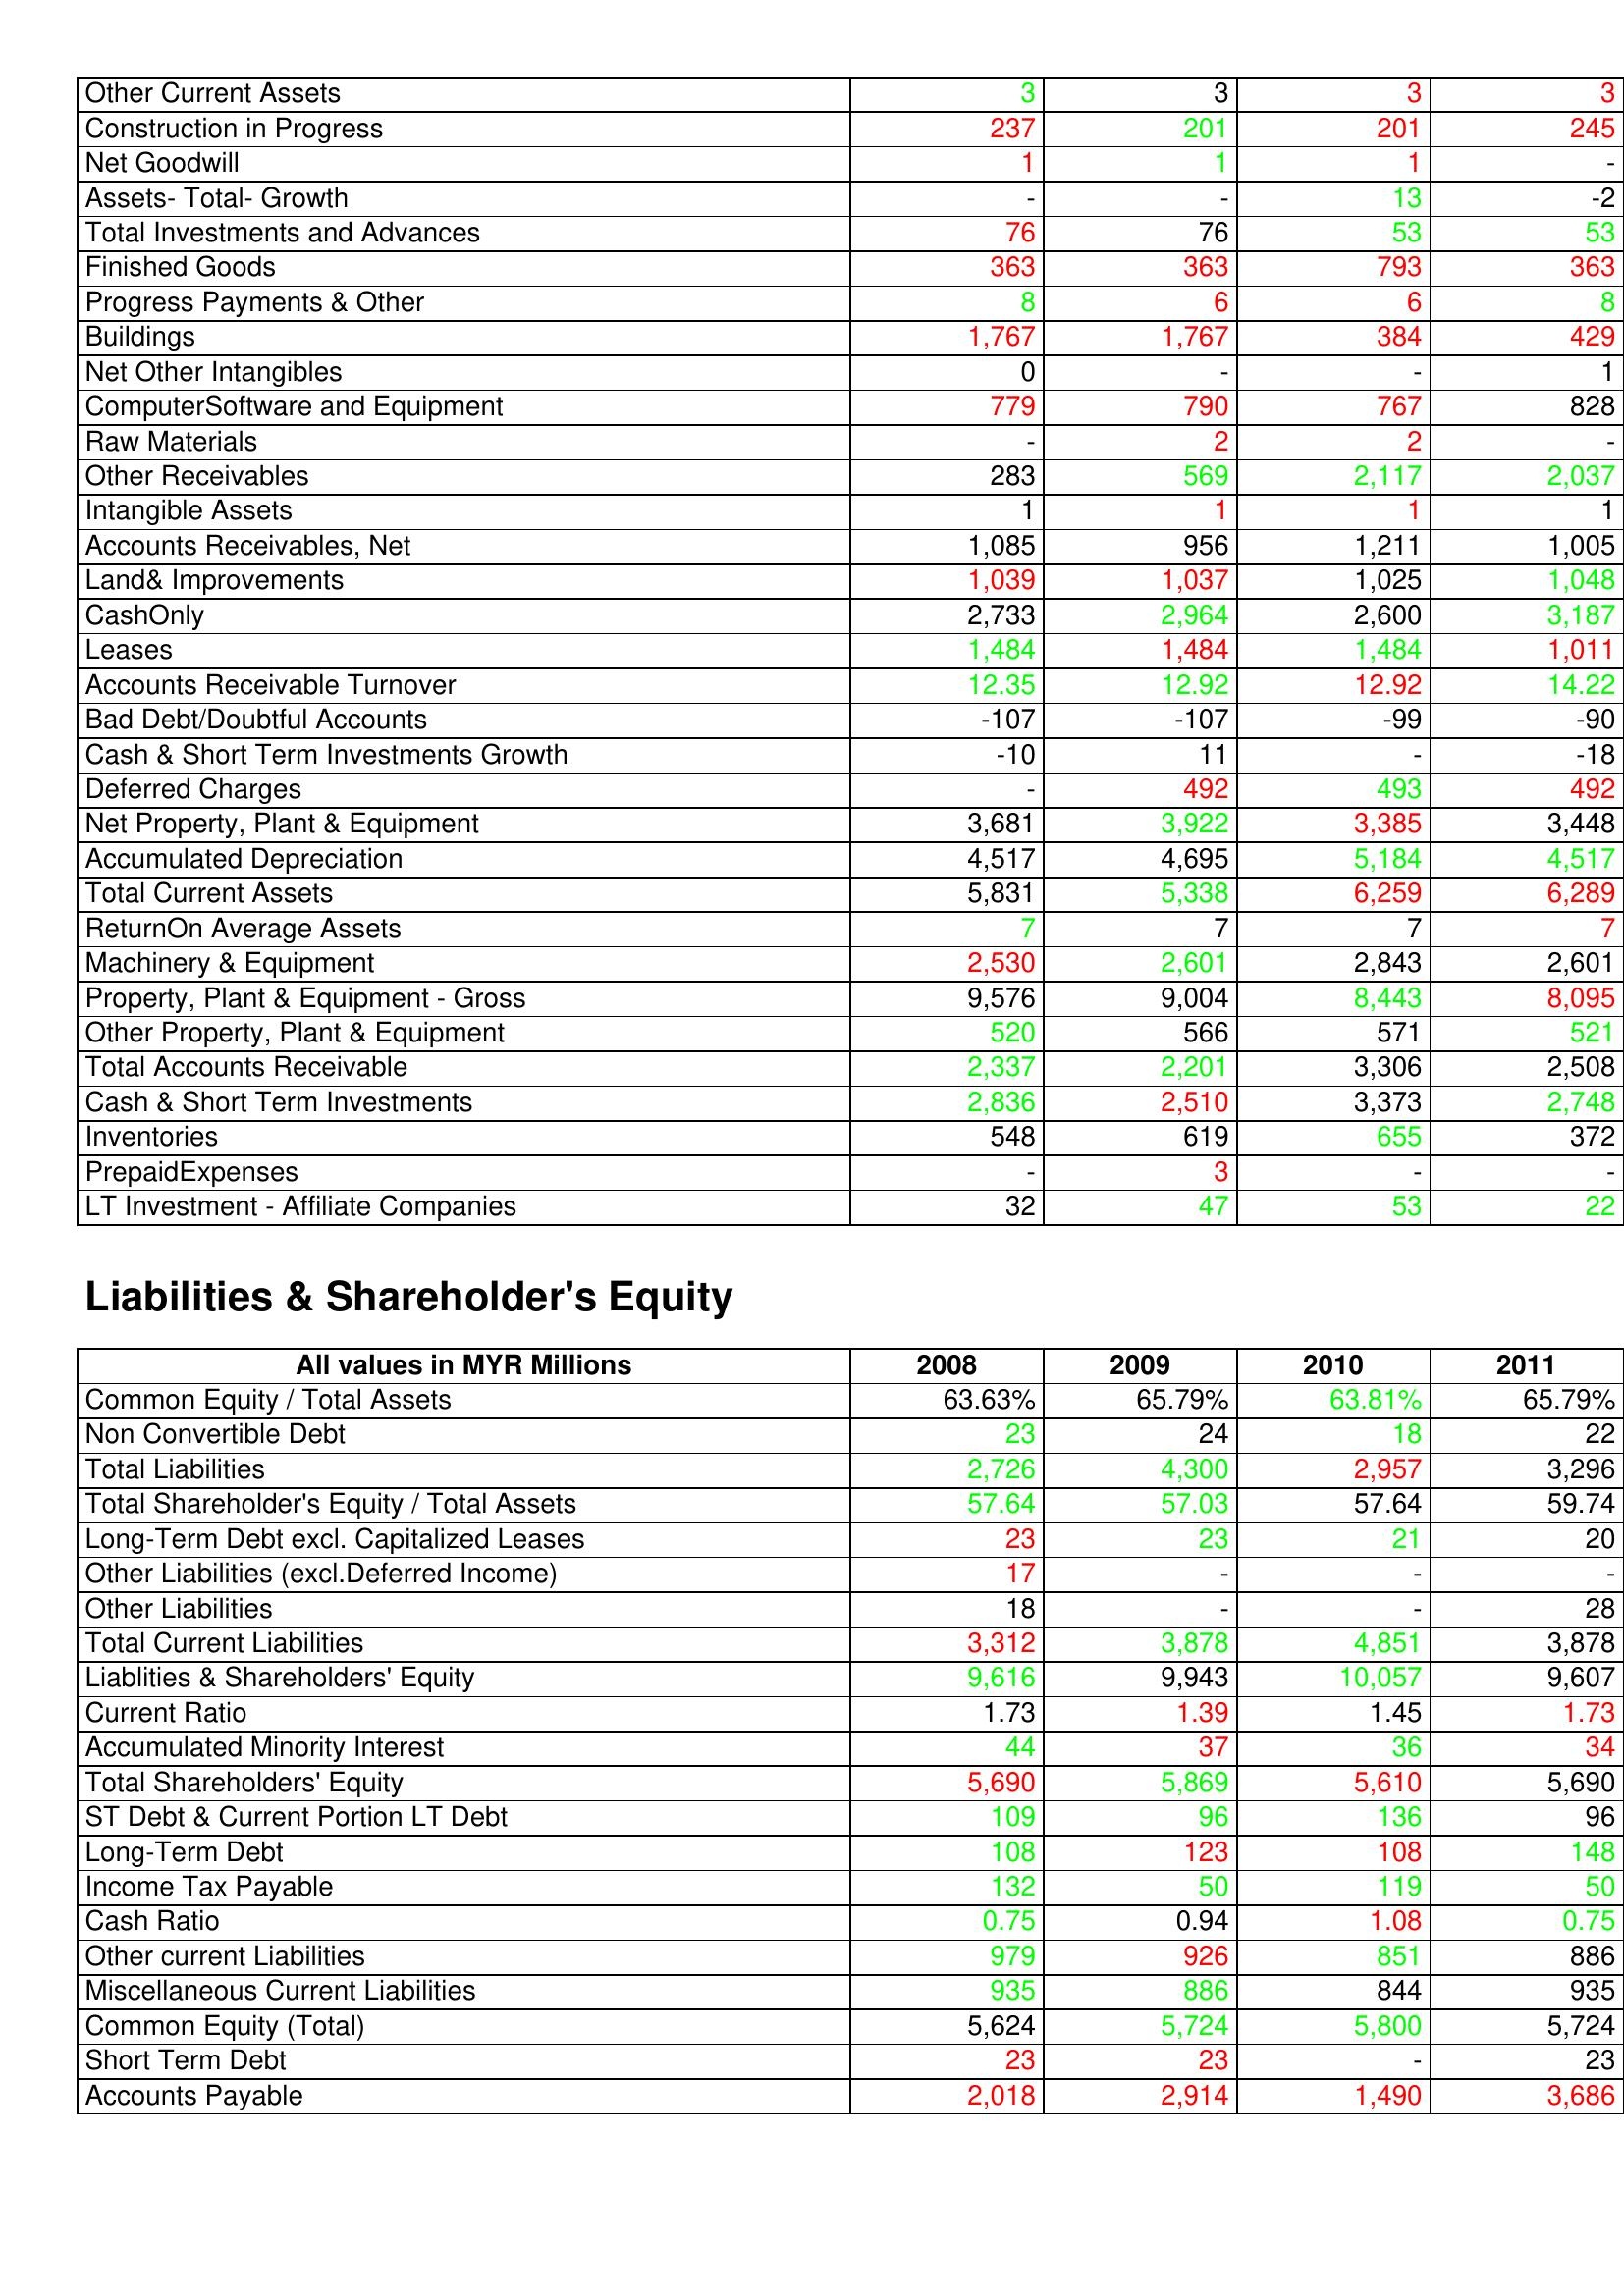
gt_parse: 2008: Assets: Other Current Assets: 3
Construction in Progress: 237
Net Goodwill: 1
Assets- Total- Growth: -
Total Investments and Advances: 76
Finished Goods: 363
Progress Payments & Other: 8
Buildings: 1,767
Net Other Intangibles: 0
ComputerSoftware and Equipment: 779
Raw Materials: -
Other Receivables: 283
Intangible Assets: 1
Accounts Receivables, Net: 1,085
Land& Improvements: 1,039
CashOnly: 2,733
Leases: 1,484
Accounts Receivable Turnover: 12.35
Bad Debt/Doubtful Accounts: -107
Cash & Short Term Investments Growth: -10
Deferred Charges: -
Net Property, Plant & Equipment: 3,681
Accumulated Depreciation: 4,517
Total Current Assets: 5,831
ReturnOn Average Assets: 7
Machinery & Equipment: 2,530
Property, Plant & Equipment - Gross : 9,576
Other Property, Plant & Equipment: 520
Total Accounts Receivable: 2,337
Cash & Short Term Investments: 2,836
Inventories: 548
PrepaidExpenses: -
LT Investment - Affiliate Companies: 32
Liabilities & Shareholder's Equity: Common Equity / Total Assets: 63.63%
Non Convertible Debt: 23
Total Liabilities: 2,726
Total Shareholder's Equity / Total Assets: 57.64
Long-Term Debt excl. Capitalized Leases: 23
Other Liabilities (excl.Deferred Income): 17
Other Liabilities: 18
Total Current Liabilities: 3,312
Liablities & Shareholders' Equity: 9,616
Current Ratio: 1.73
Accumulated Minority Interest: 44
Total Shareholders' Equity: 5,690
ST Debt & Current Portion LT Debt: 109
Long-Term Debt: 108
Income Tax Payable: 132
Cash Ratio: 0.75
Other current Liabilities: 979
Miscellaneous Current Liabilities: 935
Common Equity (Total): 5,624
Short Term Debt: 23
Accounts Payable: 2,018
2009: Assets: Other Current Assets: 3
Construction in Progress: 201
Net Goodwill: 1
Assets- Total- Growth: -
Total Investments and Advances: 76
Finished Goods: 363
Progress Payments & Other: 6
Buildings: 1,767
Net Other Intangibles: -
ComputerSoftware and Equipment: 790
Raw Materials: 2
Other Receivables: 569
Intangible Assets: 1
Accounts Receivables, Net: 956
Land& Improvements: 1,037
CashOnly: 2,964
Leases: 1,484
Accounts Receivable Turnover: 12.92
Bad Debt/Doubtful Accounts: -107
Cash & Short Term Investments Growth: 11
Deferred Charges: 492
Net Property, Plant & Equipment: 3,922
Accumulated Depreciation: 4,695
Total Current Assets: 5,338
ReturnOn Average Assets: 7
Machinery & Equipment: 2,601
Property, Plant & Equipment - Gross : 9,004
Other Property, Plant & Equipment: 566
Total Accounts Receivable: 2,201
Cash & Short Term Investments: 2,510
Inventories: 619
PrepaidExpenses: 3
LT Investment - Affiliate Companies: 47
Liabilities & Shareholder's Equity: Common Equity / Total Assets: 65.79%
Non Convertible Debt: 24
Total Liabilities: 4,300
Total Shareholder's Equity / Total Assets: 57.03
Long-Term Debt excl. Capitalized Leases: 23
Other Liabilities (excl.Deferred Income): -
Other Liabilities: -
Total Current Liabilities: 3,878
Liablities & Shareholders' Equity: 9,943
Current Ratio: 1.39
Accumulated Minority Interest: 37
Total Shareholders' Equity: 5,869
ST Debt & Current Portion LT Debt: 96
Long-Term Debt: 123
Income Tax Payable: 50
Cash Ratio: 0.94
Other current Liabilities: 926
Miscellaneous Current Liabilities: 886
Common Equity (Total): 5,724
Short Term Debt: 23
Accounts Payable: 2,914
2010: Assets: Other Current Assets: 3
Construction in Progress: 201
Net Goodwill: 1
Assets- Total- Growth: 13
Total Investments and Advances: 53
Finished Goods: 793
Progress Payments & Other: 6
Buildings: 384
Net Other Intangibles: -
ComputerSoftware and Equipment: 767
Raw Materials: 2
Other Receivables: 2,117
Intangible Assets: 1
Accounts Receivables, Net: 1,211
Land& Improvements: 1,025
CashOnly: 2,600
Leases: 1,484
Accounts Receivable Turnover: 12.92
Bad Debt/Doubtful Accounts: -99
Cash & Short Term Investments Growth: -
Deferred Charges: 493
Net Property, Plant & Equipment: 3,385
Accumulated Depreciation: 5,184
Total Current Assets: 6,259
ReturnOn Average Assets: 7
Machinery & Equipment: 2,843
Property, Plant & Equipment - Gross : 8,443
Other Property, Plant & Equipment: 571
Total Accounts Receivable: 3,306
Cash & Short Term Investments: 3,373
Inventories: 655
PrepaidExpenses: -
LT Investment - Affiliate Companies: 53
Liabilities & Shareholder's Equity: Common Equity / Total Assets: 63.81%
Non Convertible Debt: 18
Total Liabilities: 2,957
Total Shareholder's Equity / Total Assets: 57.64
Long-Term Debt excl. Capitalized Leases: 21
Other Liabilities (excl.Deferred Income): -
Other Liabilities: -
Total Current Liabilities: 4,851
Liablities & Shareholders' Equity: 10,057
Current Ratio: 1.45
Accumulated Minority Interest: 36
Total Shareholders' Equity: 5,610
ST Debt & Current Portion LT Debt: 136
Long-Term Debt: 108
Income Tax Payable: 119
Cash Ratio: 1.08
Other current Liabilities: 851
Miscellaneous Current Liabilities: 844
Common Equity (Total): 5,800
Short Term Debt: -
Accounts Payable: 1,490
2011: Assets: Other Current Assets: 3
Construction in Progress: 245
Net Goodwill: -
Assets- Total- Growth: -2
Total Investments and Advances: 53
Finished Goods: 363
Progress Payments & Other: 8
Buildings: 429
Net Other Intangibles: 1
ComputerSoftware and Equipment: 828
Raw Materials: -
Other Receivables: 2,037
Intangible Assets: 1
Accounts Receivables, Net: 1,005
Land& Improvements: 1,048
CashOnly: 3,187
Leases: 1,011
Accounts Receivable Turnover: 14.22
Bad Debt/Doubtful Accounts: -90
Cash & Short Term Investments Growth: -18
Deferred Charges: 492
Net Property, Plant & Equipment: 3,448
Accumulated Depreciation: 4,517
Total Current Assets: 6,289
ReturnOn Average Assets: 7
Machinery & Equipment: 2,601
Property, Plant & Equipment - Gross : 8,095
Other Property, Plant & Equipment: 521
Total Accounts Receivable: 2,508
Cash & Short Term Investments: 2,748
Inventories: 372
PrepaidExpenses: -
LT Investment - Affiliate Companies: 22
Liabilities & Shareholder's Equity: Common Equity / Total Assets: 65.79%
Non Convertible Debt: 22
Total Liabilities: 3,296
Total Shareholder's Equity / Total Assets: 59.74
Long-Term Debt excl. Capitalized Leases: 20
Other Liabilities (excl.Deferred Income): -
Other Liabilities: 28
Total Current Liabilities: 3,878
Liablities & Shareholders' Equity: 9,607
Current Ratio: 1.73
Accumulated Minority Interest: 34
Total Shareholders' Equity: 5,690
ST Debt & Current Portion LT Debt: 96
Long-Term Debt: 148
Income Tax Payable: 50
Cash Ratio: 0.75
Other current Liabilities: 886
Miscellaneous Current Liabilities: 935
Common Equity (Total): 5,724
Short Term Debt: 23
Accounts Payable: 3,686